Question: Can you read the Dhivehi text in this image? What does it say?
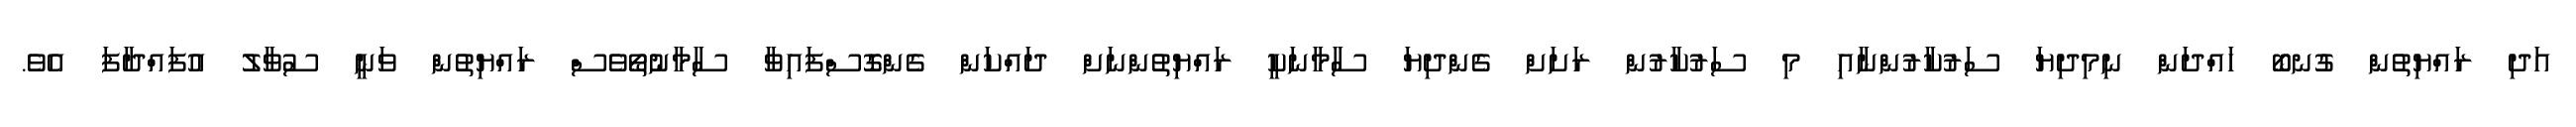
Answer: އަދި ރައްޔިތުން ގުނބޯ ހައްދަން ނިމިދިޔަ ސަރުކާރުންނާއި މި ސަރުކާރުން ރަށަށް ގެންދިޔަ ސާމާނަކީ ރައްޔިތުންނަށް ދައްކަން ގެންގޮސްފައިވާ ސާމާނުތޯވެސް ރައްޔިތުން ވަނީ ސުވާލު އުފައްދާފަ އެވެ.